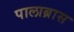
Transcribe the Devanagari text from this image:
पालाब्रास